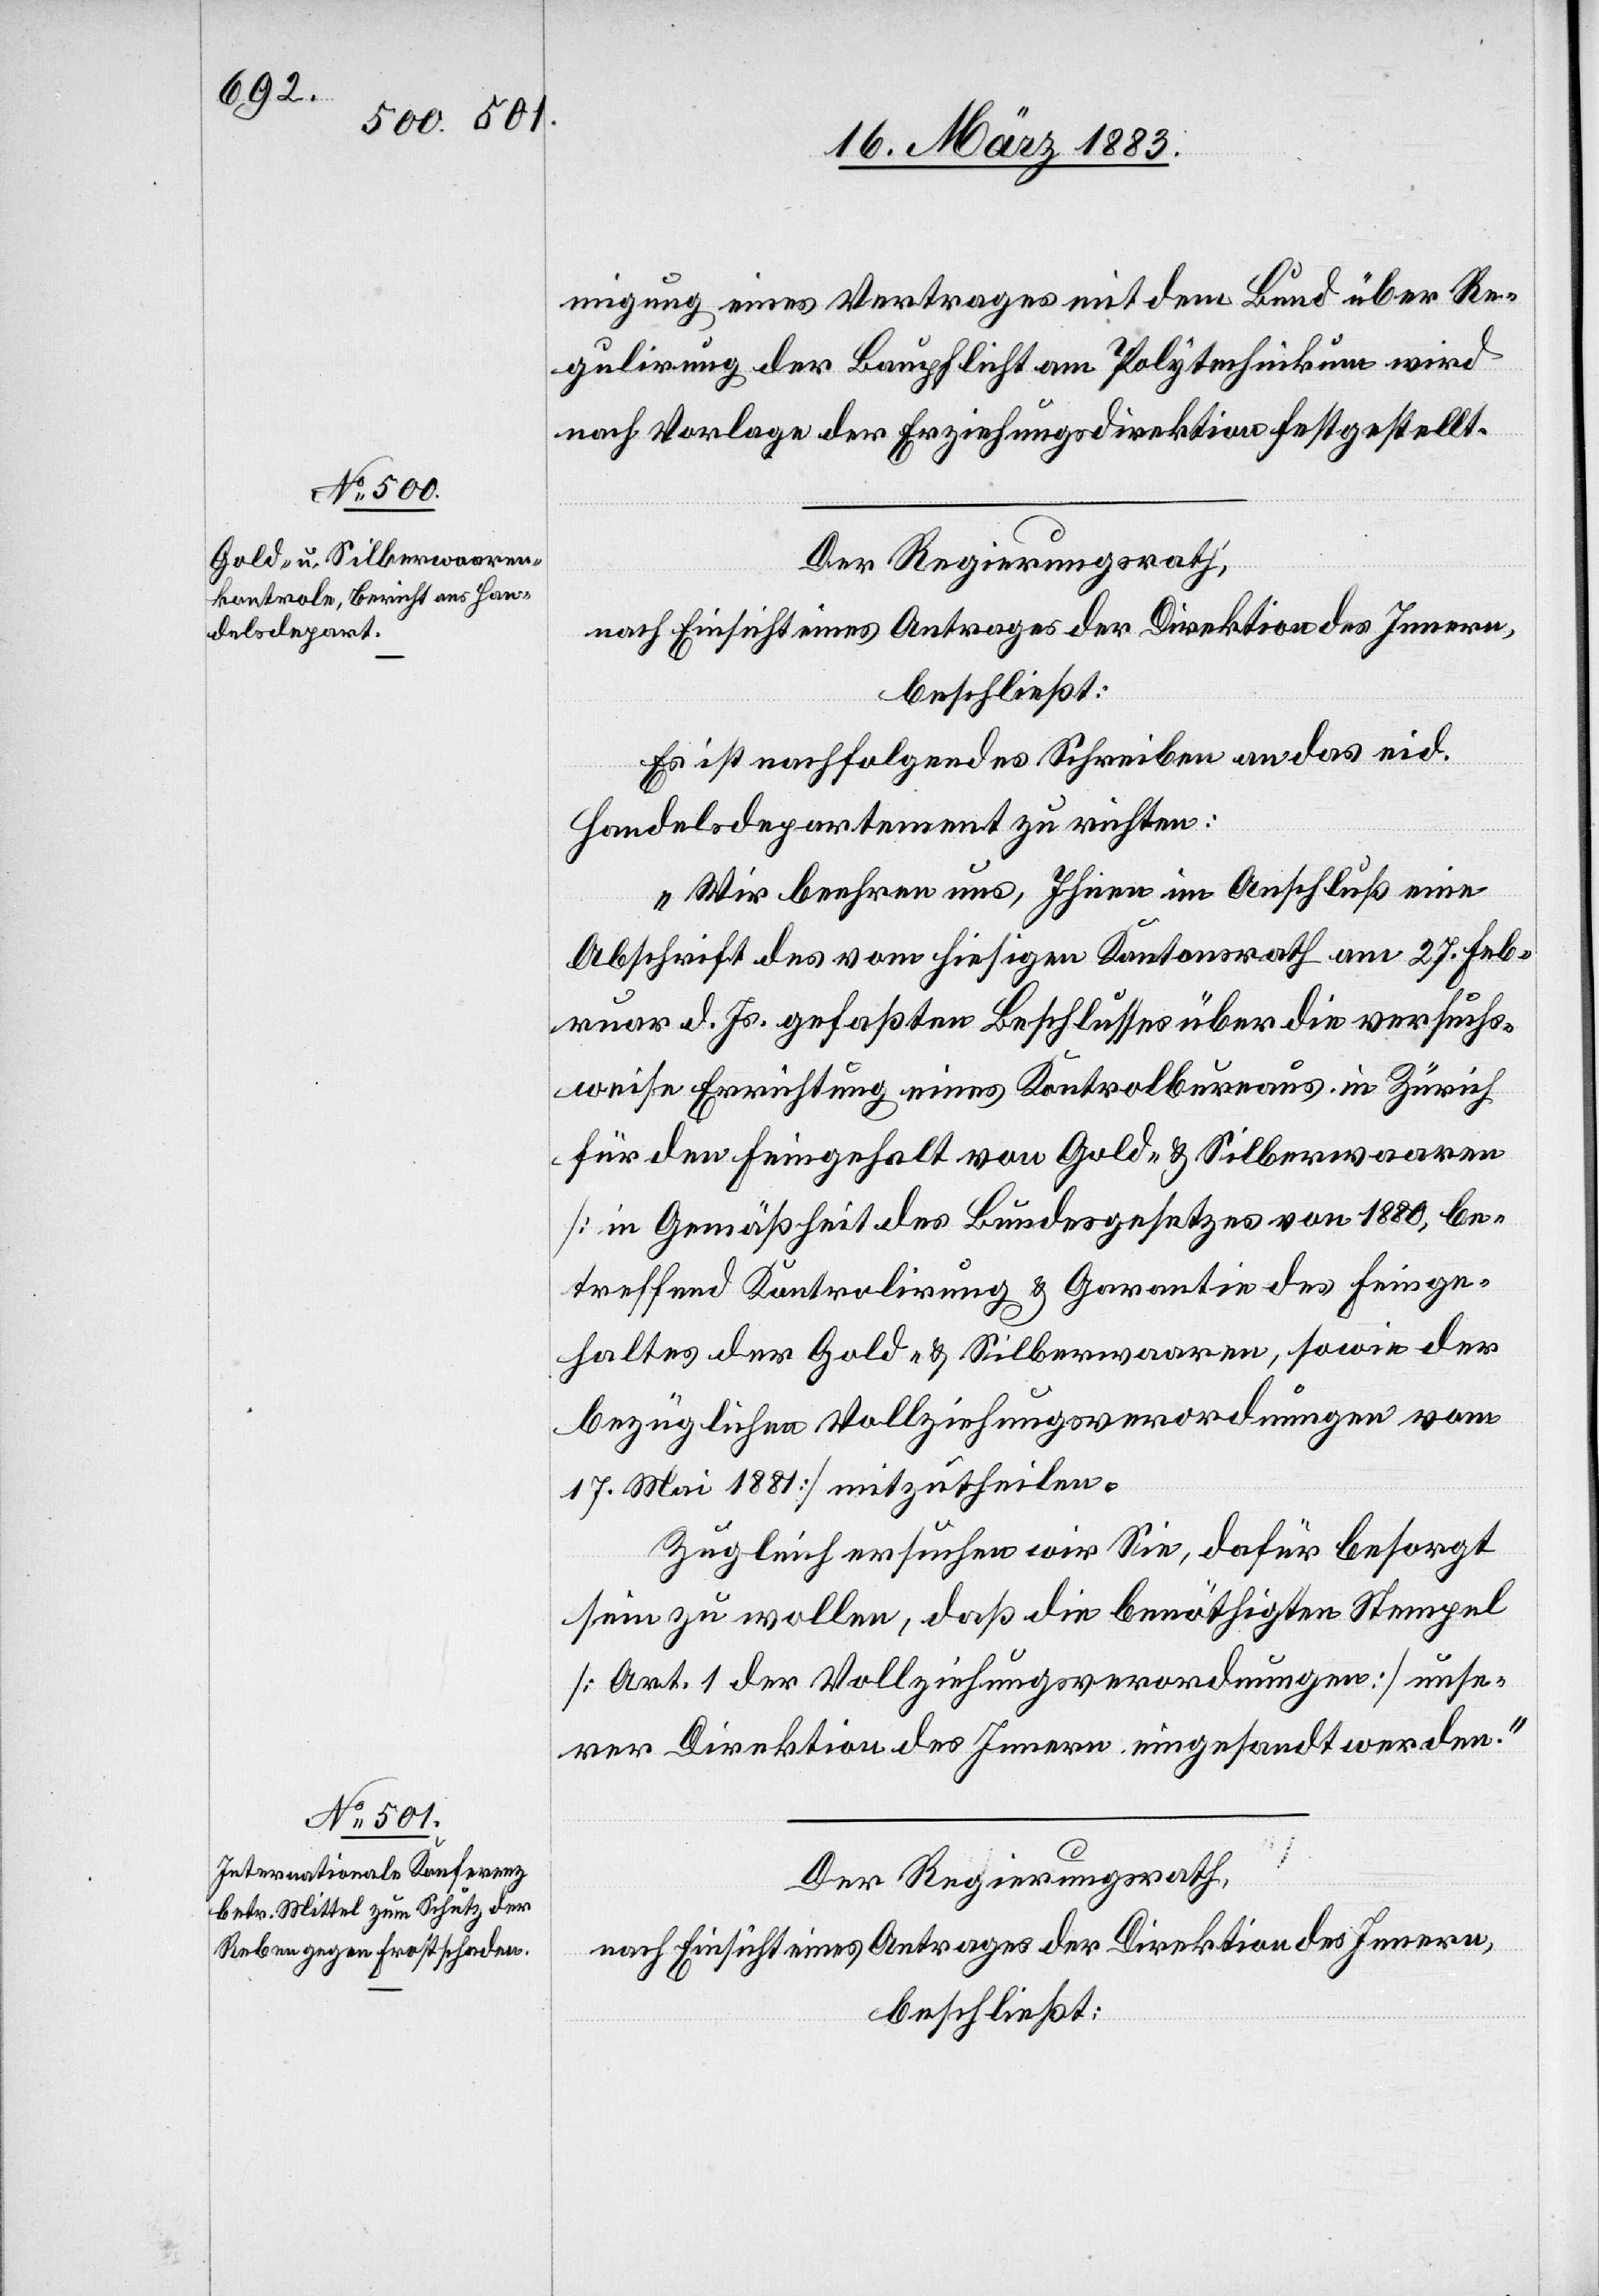
14. März 1883.
des
dem
Der Regierungsrath,
nach Einsicht eines Antrages der Direktion des Innern,
beschließt: